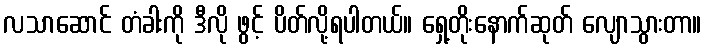
လသာဆောင် တံခါးကို ဒီလို ဖွင့် ပိတ်လို့ရပါတယ်။ ရှေ့တိုးနောက်ဆုတ် လျောသွားတာ။